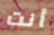
أنت